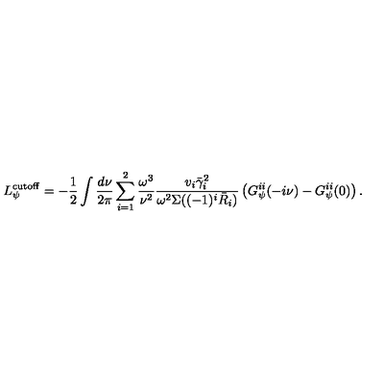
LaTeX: L _ { \psi } ^ { \mathrm { c u t o f f } } = - \frac { 1 } { 2 } \int \frac { d \nu } { 2 \pi } \sum _ { i = 1 } ^ { 2 } \frac { \omega ^ { 3 } } { \nu ^ { 2 } } \frac { v _ { i } \bar { \gamma } _ { i } ^ { 2 } } { \omega ^ { 2 } \Sigma ( ( - 1 ) ^ { i } \bar { R } _ { i } ) } \left( G _ { \psi } ^ { i i } ( - i \nu ) - G _ { \psi } ^ { i i } ( 0 ) \right) .